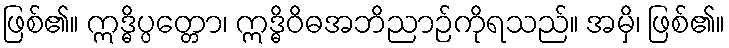
ဖြစ်၏။ ဣဒ္ဓိပ္ပတ္တော၊ ဣဒ္ဓိဝိဓအဘိညာဉ်ကိုရသည်။ အမှိ၊ ဖြစ်၏။